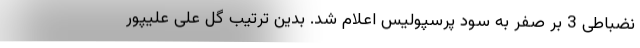
نضباطی 3 بر صفر به سود پرسپولیس اعلام شد. بدین ترتیب گل علی علیپور